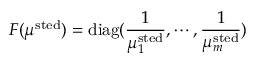
F ( { \boldsymbol \mu } ^ { \mathrm { s t e d } } ) = \mathrm { d i a g } ( \frac { 1 } { \mu _ { 1 } ^ { \mathrm { s t e d } } } , \cdots , \frac { 1 } { \mu _ { m } ^ { \mathrm { s t e d } } } )